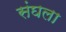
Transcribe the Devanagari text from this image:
संघला